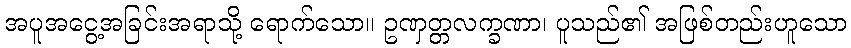
အပူအငွေ့အခြင်းအရာသို့ ရောက်သော။ ဥဏှတ္တလက္ခဏာ၊ ပူသည်၏ အဖြစ်တည်းဟူသော